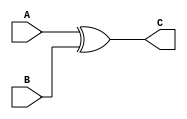
`timescale 1ns / 1ps
//////////////////////////////////////////////////////////////////////////////////
// Company: 
// Engineer: 
// 
// Design Name: 
// Module Name: xor_gate2
// Project Name: 
// Target Devices: 
// Tool Versions: 
// Description: 
// 
// Dependencies: 
// 
// Revision:
// Revision 0.01 - File Created
// Additional Comments:
// 
//////////////////////////////////////////////////////////////////////////////////


module xor_gate2(
    input  A,
    input  B,
    output C
    );
   assign C = A^B;
endmodule